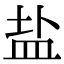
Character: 盐